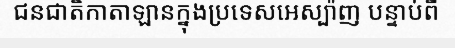
ជនជាតិកាតាឡានក្នុងប្រទេសអេស្ប៉ាញ បន្ទាប់ពី